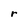
Character: r